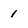
Character: 1